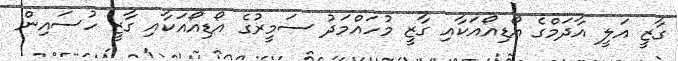
ގާޒީ އަލީ އާދަމްގެ އޯޑިއޯއަކާއި ގާޒީ މުހައްމަދު ސަމީރުގެ އޯޑިއޯއަކާއި ގާޒީ ހުސައިން